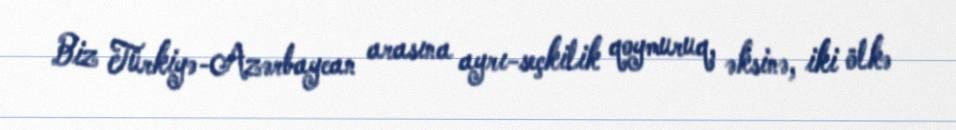
Biz Türkiyə-Azərbaycan arasına ayrı-seçkilik qoymuruq, əksinə, iki ölkə